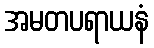
အမတပရာယနံ